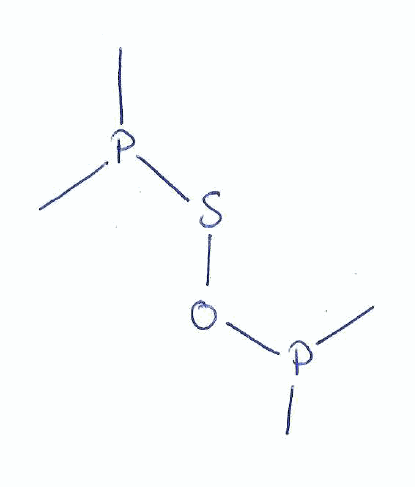
Simplified molecular-input line-entry system (SMILES) notation of the given molecule:
CP(C)OSP(C)C